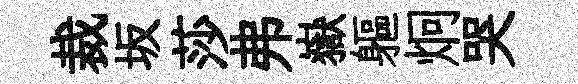
裁坂莎弗嶽軀炯哭